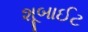
શૂબાઈટ